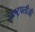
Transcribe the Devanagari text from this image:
राष्ट्रपतीजी